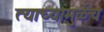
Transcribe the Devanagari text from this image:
त्याच्यामुळेंच